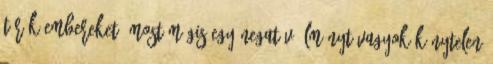
török embereket, most mégis egy negatív élményt vagyok kénytelen